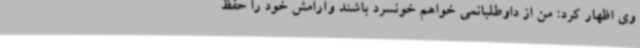
وی اظهار کرد: من از داوطلبانمی خواهم خونسرد باشند وآرامش خود را حفظ